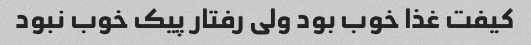
کیفت غذا خوب بود ولی رفتار پیک خوب نبود